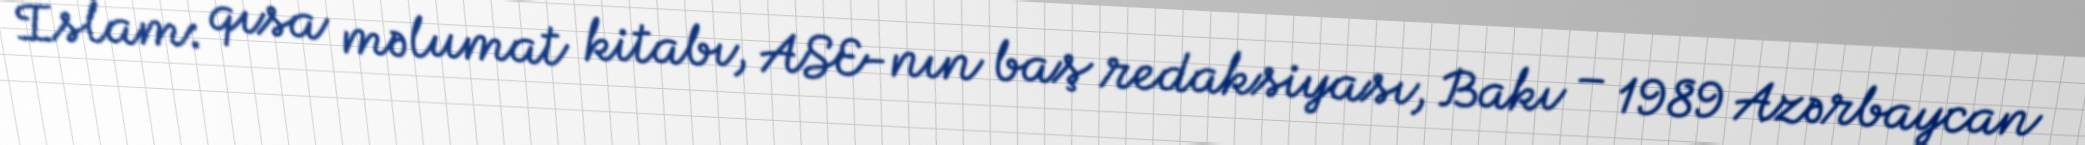
İslam: qısa məlumat kitabı, ASE-nın baş redaksiyası, Bakı – 1989 Azərbaycan